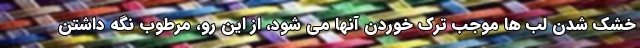
خشک شدن لب ها موجب ترک خوردن آنها می شود، از این رو، مرطوب نگه داشتن